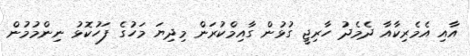
އާއި އެމެރިކާއާ ދެމެދު ހާރިޖީ ގުޅުން ގާއިމްކުރަން މިދިޔަ މަހުގެ ފަހުކޮޅު ނިންމުމުން